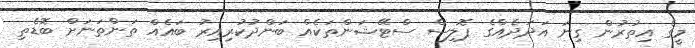
މީގެ އިތުރުން ގިނަ އަދަދެއްގެ ޕޮލިސް ސްޓޭޝަންތަކެއް ބަންދުކުރިއިރު ބައެއް ތަންތަނަށް ބޮޑެތި